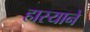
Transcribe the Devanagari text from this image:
हास्याने